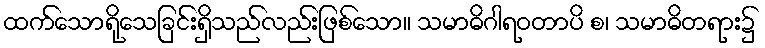
ထက်သောရိုသေခြင်းရှိသည်လည်းဖြစ်သော။ သမာဓိဂါရဝတာပိ စ၊ သမာဓိတရား၌